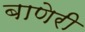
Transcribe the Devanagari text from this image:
बाणेरी